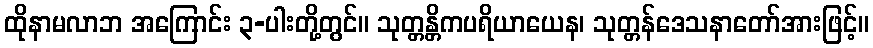
ထိုနာမလာဘ အကြောင်း ၃-ပါးတို့တွင်။ သုတ္တန္တိကပရိယာယေန၊ သုတ္တန်ဒေသနာတော်အားဖြင့်။